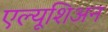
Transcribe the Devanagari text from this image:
एल्यूशिअन